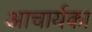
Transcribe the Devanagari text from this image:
अाचार्यका